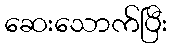
ဆေးသောက်ပြီး